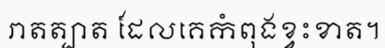
រាតត្បាត ដែលគេកំពុងខ្វះខាត។